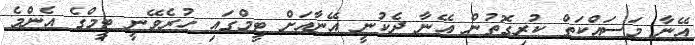
އޭނާ މަސައްކަތް ކުރިގޮތުން އޭނާ ދެކުނީ އޭނާއަށް ޓީމްގައި ހުރެވޭނީ ޓީމްގެ އެންމެ